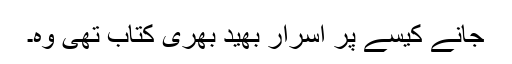
جانے کیسے پر اسرار بھید بھری کتاب تھی وہ۔